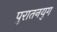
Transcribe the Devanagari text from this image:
पुरातनयुग